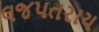
લજપતરાય